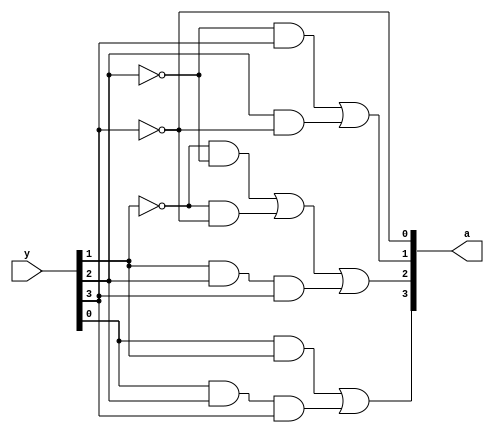
// Code your design here
module Excess3toBCD(y, a);
  
  input [3:0] y;
  
  output [3:0] a;
  
  assign a[3] = ((y[0] & y[1]) | (y[0] & y[2] & y[3]));
  
                 assign a[2] = (((~y[1]) & (~y[2])) | ((~y[1]) & (~y[3])) | (y[1] & y[2] & y[3]));
  
                 assign a[1] = (((~y[2]) & y[3]) | (y[2] & (~y[3])));
  
                 assign a[0] = ~y[3];

endmodule